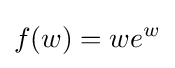
f(w)=we^{w}